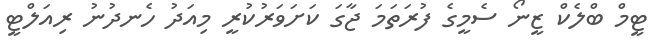
ޓީމް ބްލެކް ޒީނޯ ސެމީގެ ފުރަތަމަ ޖާގަ ކަށަވަރުކުރީ މިއަދު ހެނދުނު ރިއަލްޓީ